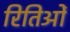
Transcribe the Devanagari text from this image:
रितिओं